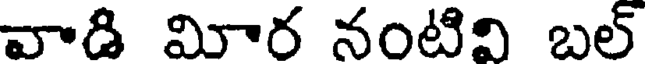
వాడి మోర నంటివి బల్